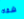
شفاه